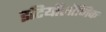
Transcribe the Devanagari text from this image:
इटियॉलॉजिक